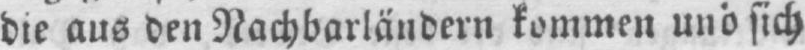
die aus den Nachbarländern kommen und sich